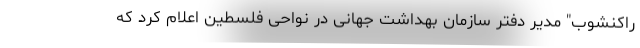
راکنشوب" مدیر دفتر سازمان بهداشت جهانی در نواحی فلسطین اعلام کرد که